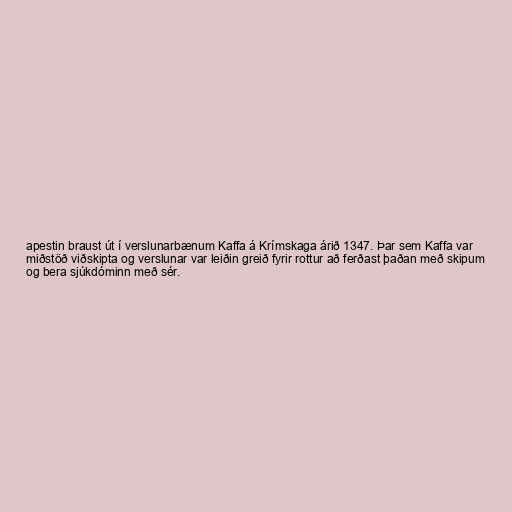
apestin braust út í verslunarbænum Kaffa á Krímskaga árið 1347. Þar sem Kaffa var
miðstöð viðskipta og verslunar var leiðin greið fyrir rottur að ferðast þaðan með skipum
og bera sjúkdóminn með sér.